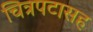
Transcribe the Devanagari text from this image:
चित्रपटासह